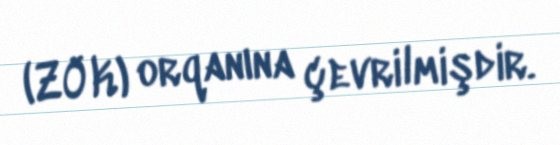
(ZÖK) orqanına çevrilmişdir.